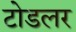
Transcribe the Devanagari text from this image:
टोडलर